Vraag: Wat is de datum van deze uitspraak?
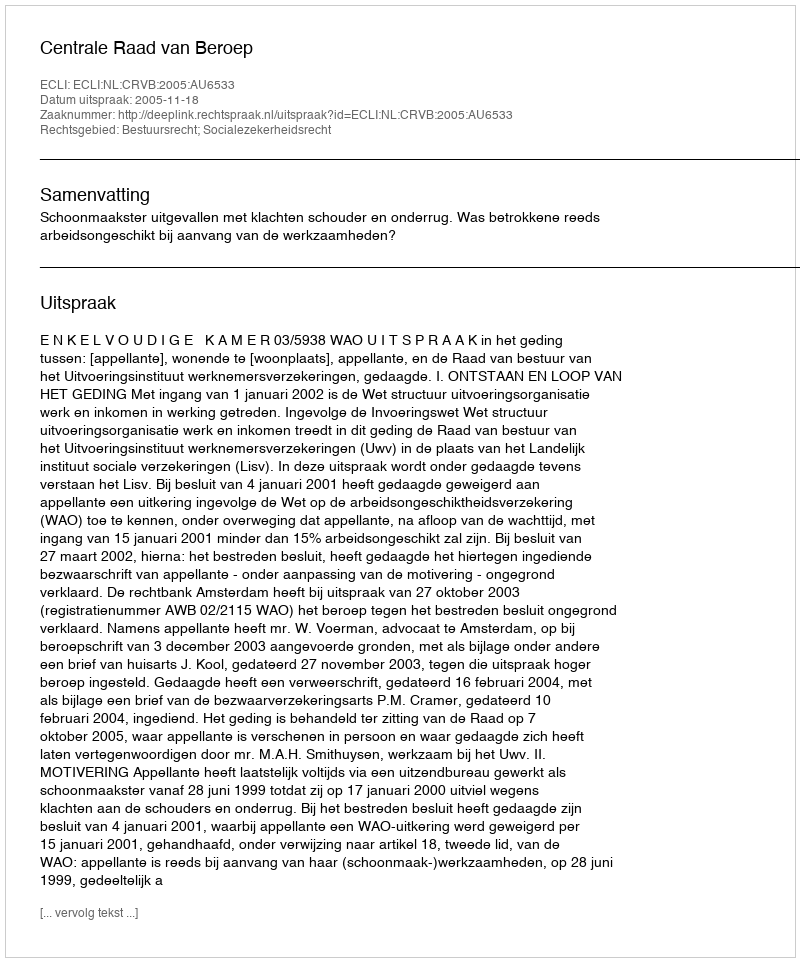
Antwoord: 2005-11-18